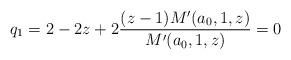
LaTeX: \begin{align*}q_1 = 2 -2z + 2 \frac{(z-1)M^\prime(a_0,1,z)}{M^\prime(a_0,1,z)} = 0\end{align*}